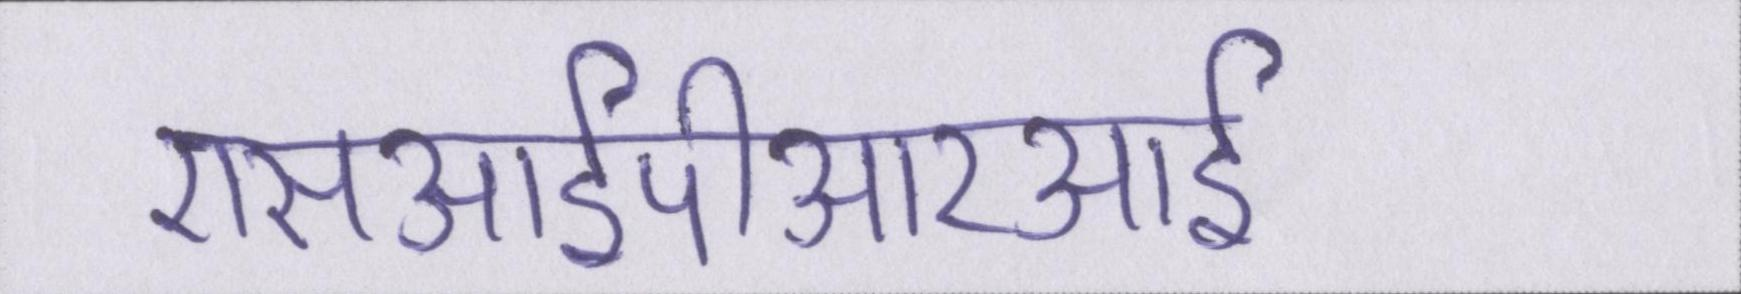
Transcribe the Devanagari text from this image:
एसआईपीआरआई